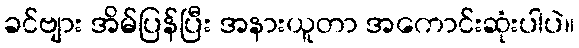
ခင်ဗျား အိမ်ပြန်ပြီး အနားယူတာ အကောင်းဆုံးပါပဲ။